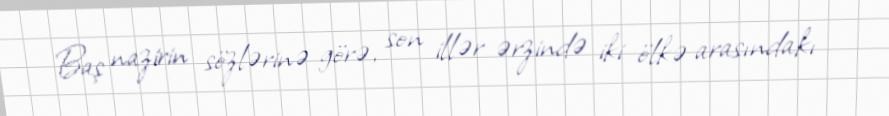
Baş nazirin sözlərinə görə, son illər ərzində iki ölkə arasındakı